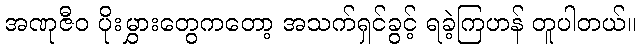
အဏုဇီဝ ပိုးမွှားတွေကတော့ အသက်ရှင်ခွင့် ရခဲ့ကြဟန် တူပါတယ်။